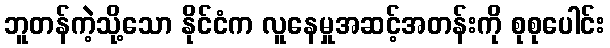
ဘူတန်ကဲ့သို့သော နိုင်ငံက လူနေမှုအဆင့်အတန်းကို စုစုပေါင်း